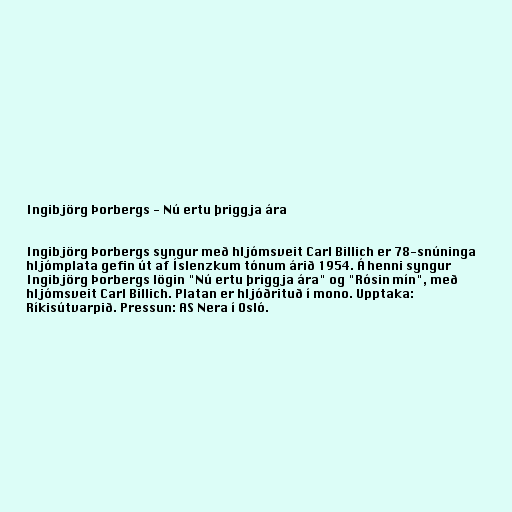
Ingibjörg Þorbergs - Nú ertu þriggja ára

Ingibjörg Þorbergs syngur með hljómsveit Carl Billich er 78-snúninga
hljómplata gefin út af Íslenzkum tónum árið 1954. Á henni syngur
Ingibjörg Þorbergs lögin "Nú ertu þriggja ára" og "Rósin mín", með
hljómsveit Carl Billich. Platan er hljóðrituð í mono. Upptaka:
Ríkisútvarpið. Pressun: AS Nera í Osló.